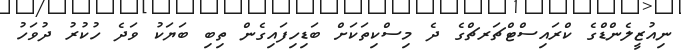
ނިއުޒީލެންޑްގެ ކްރައިސްޓްޗަރޗްގެ ދެ މިސްކިތަކަށް ބަޑިހިފައިގެން ތިބި ބަޔަކު ވަދެ ހުކުރު ދުވަހު